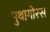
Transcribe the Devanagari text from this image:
पुथागोरस